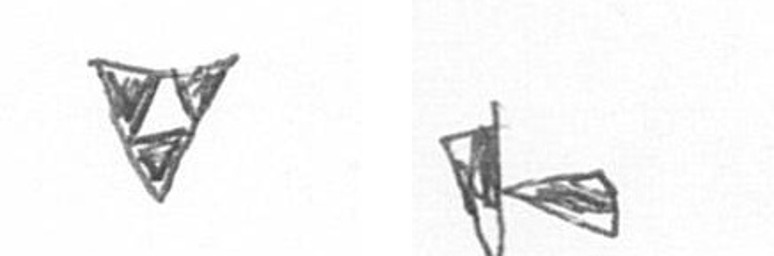
S F